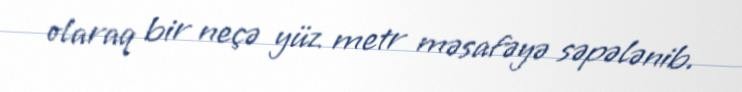
olaraq bir neçə yüz metr məsafəyə səpələnib.